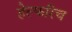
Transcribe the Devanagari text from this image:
हेल्फरिच